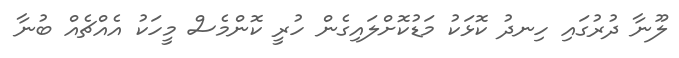
ލޫނާ ދުރުގައި ހިނދު ކޮޅަކު މަޑުކޮށްލައިގެން ހުރީ ކޮންމެސް މީހަކު އެއްޗެއް ބުނާ